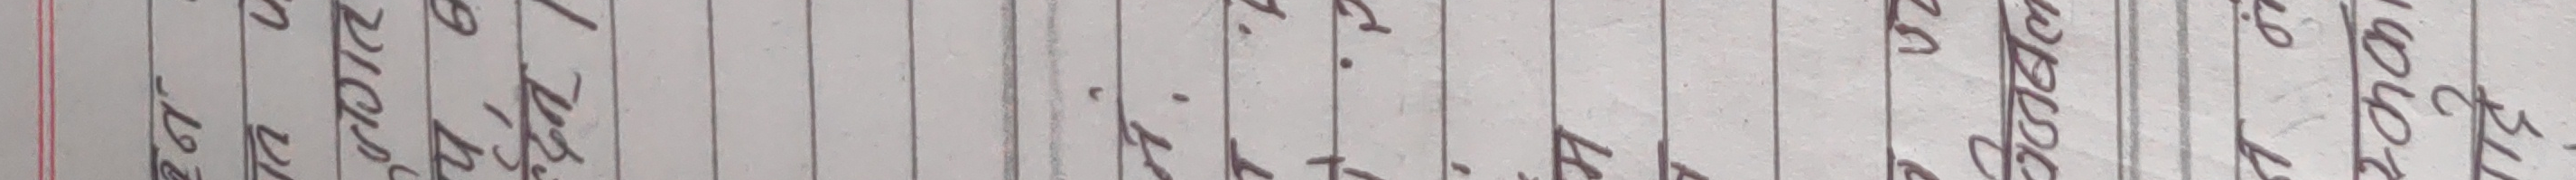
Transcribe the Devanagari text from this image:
छन् ।
नं
T
म
1.
20
जबल
என்
11007
गड़े